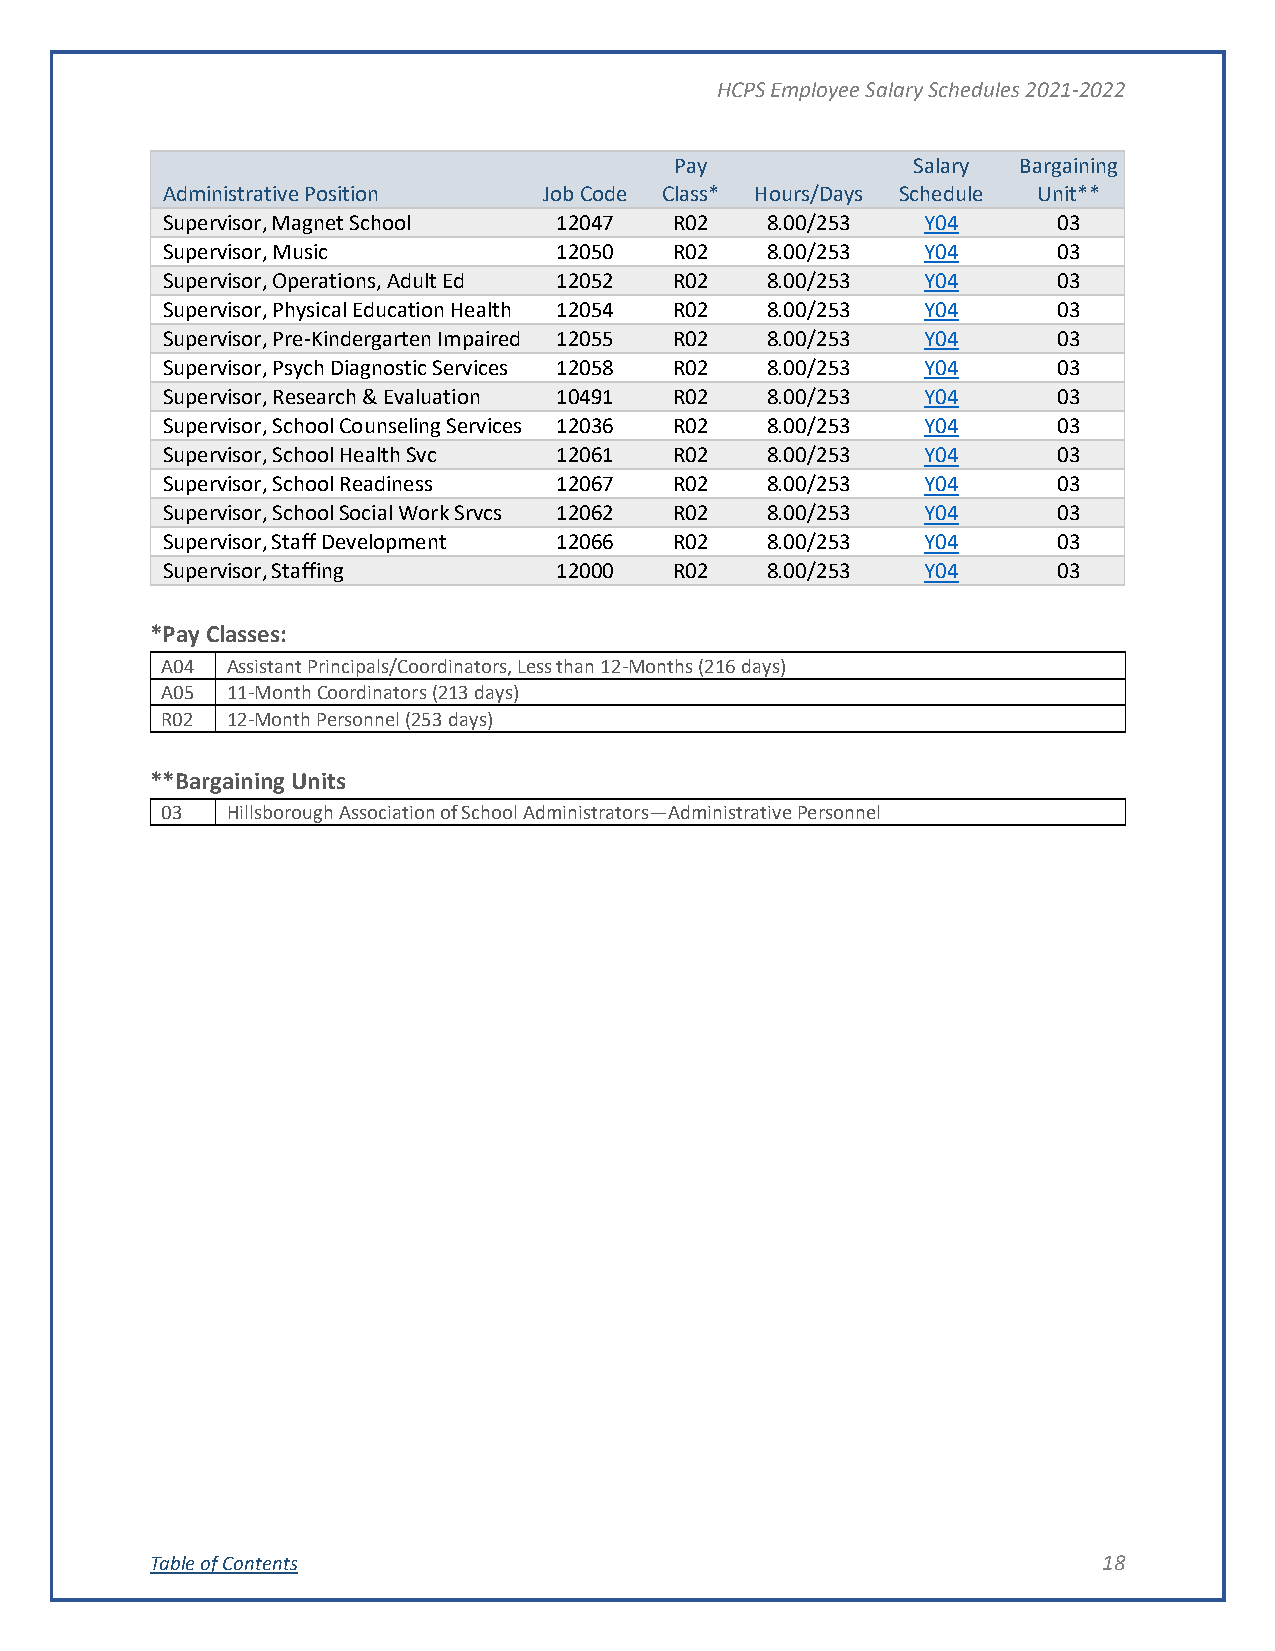
HCPS Employee Salary Schedules 2021-2022
 Pay            Salary Bargaining
 Administrative Position  Job Code Class* Hours/Days Schedule Unit**
 Supervisor, Magnet School 12047   R02   8.00/253  Y04      03
 Supervisor, Music         12050   R02   8.00/253  Y04      03
 Supervisor, Operations, Adult Ed 12052 R02 8.00/253 Y04    03
 Supervisor, Physical Education Health 12054 R02 8.00/253 Y04 03
 Supervisor, Pre-Kindergarten Impaired 12055 R02 8.00/253 Y04 03
 Supervisor, Psych Diagnostic Services 12058 R02 8.00/253 Y04 03
 Supervisor, Research & Evaluation 10491 R02 8.00/253 Y04   03
 Supervisor, School Counseling Services 12036 R02 8.00/253 Y04 03
 Supervisor, School Health Svc 12061 R02 8.00/253  Y04      03
 Supervisor, School Readiness 12067 R02  8.00/253  Y04      03
 Supervisor, School Social Work Srvcs 12062 R02 8.00/253 Y04 03
 Supervisor, Staff Development 12066 R02 8.00/253  Y04      03
 Supervisor, Staffing      12000   R02   8.00/253  Y04      03
 *Pay Classes:
 A04 Assistant Principals/Coordinators, Less than 12-Months (216 days)
 A05 11-Month Coordinators (213 days)
 R02 12-Month Personnel (253 days)
 **Bargaining Units
 03  Hillsborough Association of School Administrators—Administrative Personnel
 Table of Contents                                              18